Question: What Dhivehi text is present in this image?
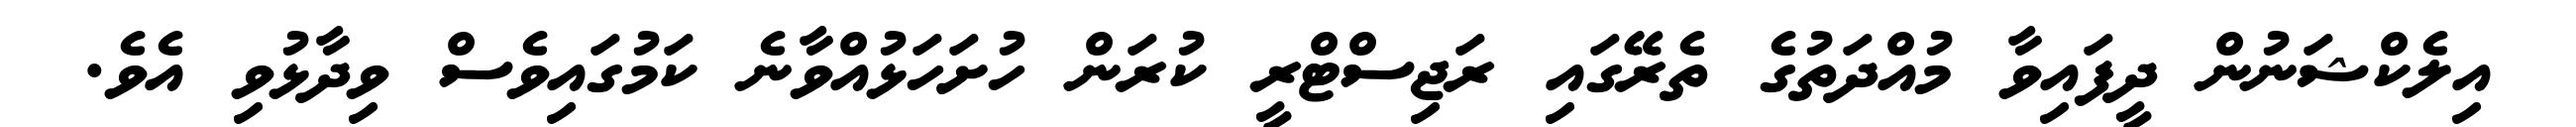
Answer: އިލެކްޝަނުން ދީފައިވާ މުއްދަތުގެ ތެރޭގައި ރަޖިސްޓްރީ ކުރަން ހުށަހަޅުއްވާނެ ކަމުގައިވެސް ވިދާޅުވި އެވެ.